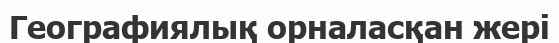
Географиялық орналасқан жері